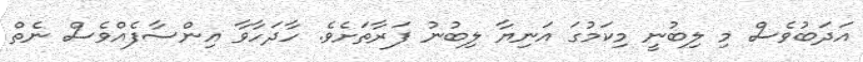
އަދަބުވެސް މި ލިބުނީ މިކަމުގަ އަނިޔާ ލިބުނު ފަރާތަށެވެ. ހާދަހާވާ އިންސާފެއްވެސް ނެތް